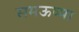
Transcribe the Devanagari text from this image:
समऊष्मा